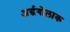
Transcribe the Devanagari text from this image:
अर्द्धगोलाक